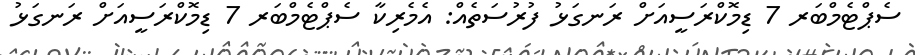
ސެޕްޓެމްބަރ 7 ޑިމޮކްރަސީއަށް ރަނގަޅު ފުރުސަތެއް: އެމެރިކާ ސެޕްޓެމްބަރ 7 ޑިމޮކްރަސީއަށް ރަނގަޅު